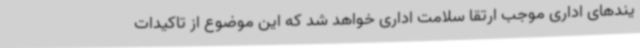
یندهای اداری موجب ارتقا سلامت اداری خواهد شد که این موضوع از تاکیدات